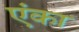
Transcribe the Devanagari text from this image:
एंका